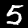
Digit: 5